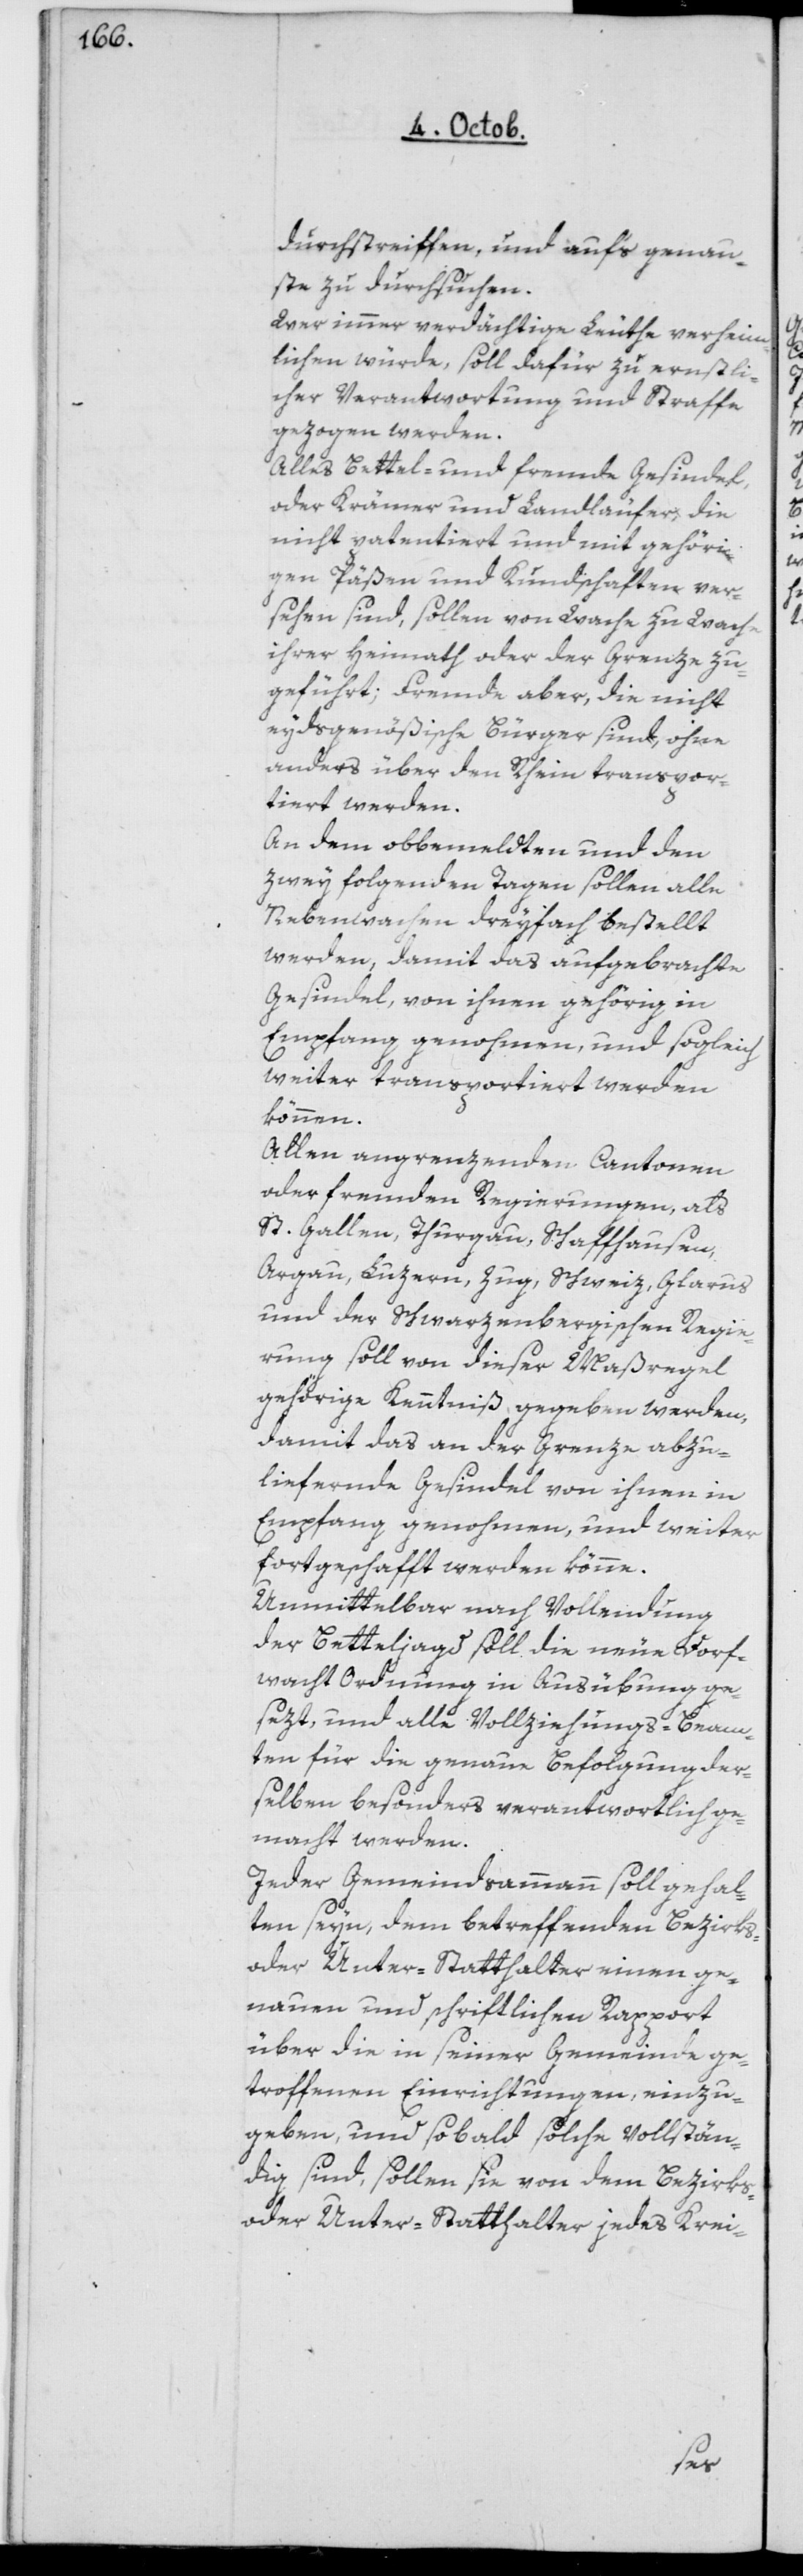
durchstreifen und aufs genaue¬
ste zu durchsuchen.
Wer immer verdächtige Leuthe verheim¬
lichen würde, soll dafür zu ernstli¬
cher Verantwortung und Straffe
gezogen werden.
Alles Bettel- und fremde Gesindel,
oder Krämer und Landläufer, die
nicht patentiert und mit gehöri¬
gen Päßen und Kundschaften ver¬
sehen sind, sollen von Wache zu Wache
ihrer Heimath oder der Grenze zu¬
geführt; Fremde aber, die nicht
eydsgenößische Bürger sind, ohne
anders über den Rhein transpor¬
tiert werden.
An dem obbemeldten und den
zwey folgenden Tagen sollen alle
Nebenwachen dreyfach bestellt
werden, damit das aufgebrachte
Gesindel, von ihnen gehörig in
Empfang genohmen, und sogleich
weiter transportiert werden
können.
Allen angrenzenden Cantonen
oder fremden Regierungen, als
St. Gallen, Thurgau, Schaffhausen,
Argau, Luzern, Zug, Schweiz, Glarus
und der Schwarzenbergischen Regie¬
rung soll von dieser Maßregel
gehörige Kenntniß gegeben werden,
damit das an der Grenze abzu¬
liefernde Gesindel von ihnen in
Empfang genohmen, und weiter
fortgeschafft werden könne.
Unmittelbar nach Vollendung
der Betteljagd soll die neue Dorf¬
wacht Ordnung in Ausübung ge¬
sezt und alle Vollziehungs-Beam¬
ten für die genaue Befolgung der¬
selben besonders verantwortlich ge¬
macht werden.
Jeder Gemeindsammann soll gehal¬
ten seyn, dem betreffenden Bezirks-
oder Unter-Statthalter einen ge¬
nauen und schriftlichen Rapport
über die in seiner Gemeinde ge¬
troffenen Einrichtungen einzu¬
geben, und sobald solche vollstän¬
dig sind, sollen sie von dem Bezirks-
oder Unterstatthalter jedes Krei-